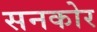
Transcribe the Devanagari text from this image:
सनकोर